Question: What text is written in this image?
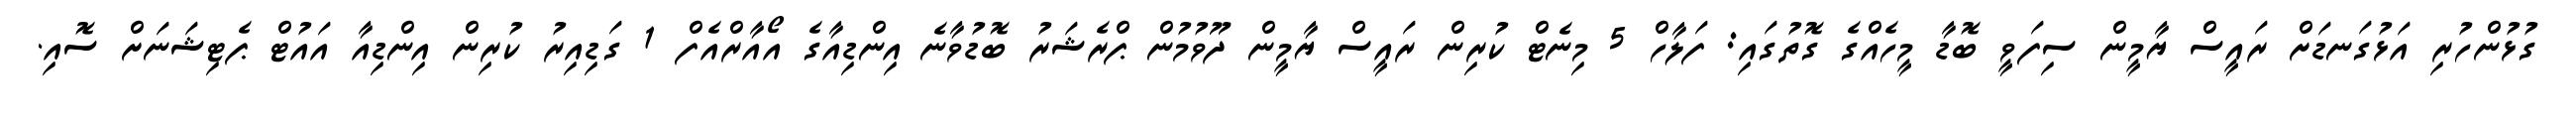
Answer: ގުޅުންހުރި އަޅުގަނޑަށް ރައީސް ޔާމީން ސިފަވީ ބޮޑާ މީހެއްގެ ގޮތުގައި: ފަލާހް 5 މިނެޓް ކުރިން ރައީސް ޔާމީން ދޫވުމުން ޕްރެޝަރު ބޮޑުވާނެ އިންޑިއާގެ އޯއާރްއެފް 1 ގަޑިއިރު ކުރިން އިންޑިއާ އައުޓް ޕެޓިޝަނަށް ސޮއި.